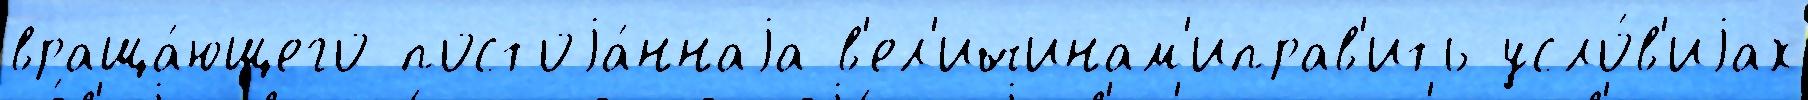
враща́ющего постоjа́ннаjа в'ел'ичинам'иправ'ить усло́в'иjах